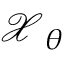
\boldsymbol { \mathcal { X } } _ { \boldsymbol { \theta } }